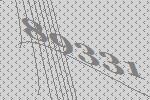
89331